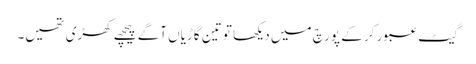
گیٹ عبور کر کے پورچ میں دیکھا تو تین گاڑیاں آگے پیچھے کھڑی تھیں۔